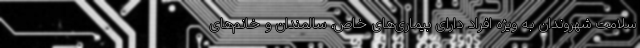
سلامت شهروندان به ویژه افراد دارای بیماری‌های خاص، سالمندان و خانم‌های